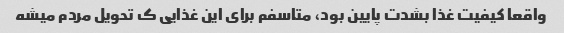
واقعا کیفیت غذا بشدت پایین بود، متاسفم برای این غذایی ک تحویل مردم میشه